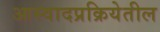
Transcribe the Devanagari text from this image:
आस्वादप्रक्रियेतील